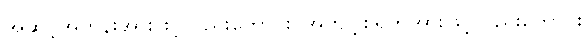
အဆင့်အတန်းအားဖြင့်လည်းကောင်း၊ အကျင့်စရိုက်အားဖြင့်လည်းကောင်း